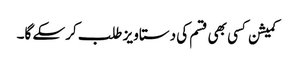
کمیشن کسی بھی قسم کی دستاویز طلب کرسکے گا۔